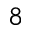
8